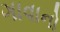
ગાવાનો